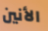
الأنين